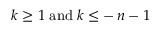
\: k \geq 1 \; \mathrm { a n d } \; k \leq - \, n - 1 \: